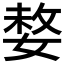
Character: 𡟋